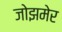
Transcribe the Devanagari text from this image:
जोझमेर